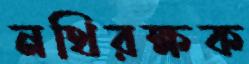
নথিরক্ষক